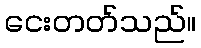
ငေးတတ်သည်။